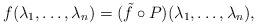
\begin{align*} f(\lambda_1,\ldots, \lambda_n) = (\tilde{f} \circ P) (\lambda_1, \ldots, \lambda_n),\end{align*}